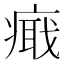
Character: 𤹚